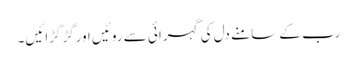
رب کے سامنے دل کی گہرائی سے روئیں اورگڑگڑائیں۔